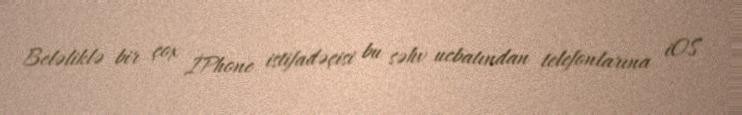
Beləliklə bir çox İPhone istifadəçisi bu səhv ucbatından telefonlarına iOS